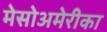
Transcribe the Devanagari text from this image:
मेसोअमेरीका